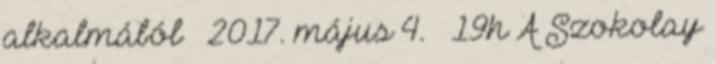
alkalmából – 2017. május 4. – 19h A Szokolay